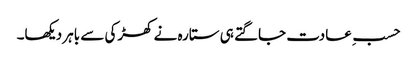
حسبِ عادت جاگتے ہی ستارہ نے کھڑکی سے باہر دیکھا۔